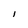
Character: l